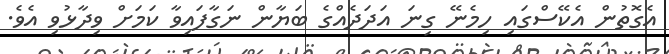
އެގޮތުން އެކޭސްގައި ހިމެނޭ ގިނަ އަދަދެއްގެ ބަޔާން ނަގާފައިވާ ކަމަށް ވިދާޅުވި އެވެ.